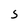
Character: S